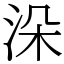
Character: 𣳼